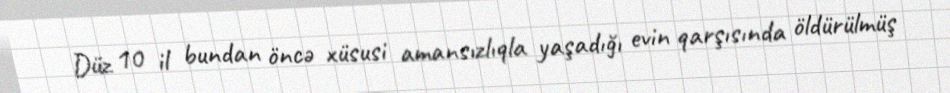
Düz 10 il bundan öncə xüsusi amansızlıqla yaşadığı evin qarşısında öldürülmüş